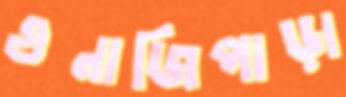
গুনাজিপাড়া